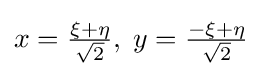
x={\tfrac {\xi +\eta }{\sqrt {2}}},\;y={\tfrac {-\xi +\eta }{\sqrt {2}}}